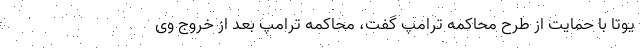
یوتا با حمایت از طرح محاکمه ترامپ گفت، محاکمه ترامپ بعد از خروج وی